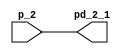
// -------------------------------------------------------------
// 
// 
// Generated by MATLAB 9.0 and HDL Coder 3.8
// 
// -------------------------------------------------------------


// -------------------------------------------------------------
// 
// Module: Delays_1_block
// Source Path: untitled/Pattern Recognition Neural Network/Layer 2/Delays 1
// Hierarchy Level: 2
// 
// -------------------------------------------------------------

`timescale 1 ns / 1 ns

module Delays_1_block
          (
           p_2,
           pd_2_1
          );


  input   [63:0] p_2;  // double
  output  [63:0] pd_2_1;  // double




  // <S10>/mux
  assign pd_2_1 = p_2;

endmodule  // Delays_1_block